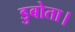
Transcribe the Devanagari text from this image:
डुबोता।